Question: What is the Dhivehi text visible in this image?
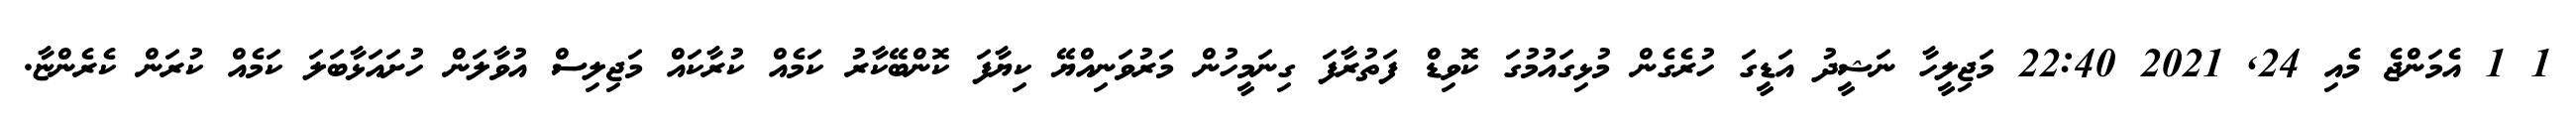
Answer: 1 1 އެމަންޖެ މެއި 24, 2021 22:40 މަޖިލީހާ ނަޝީދު އަޑީގަ ހުރެގެން މުޅިގައުމުގަ ކޮވިޑް ފަތުރާފަ ގިނަމީހުން މަރުވަނިއްޔޭ ކިޔާފަ ކޮންބޭކާރު ކަމެއް ކުރާކައް މަޖިލިސް އުވާލަން ހުށައަޅާބަލަ ކަމެއް ކުރަން ކެރެންޏާ.